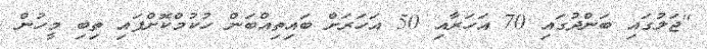
"ޖަލުގައި ބަންދުގައި 70 އަހަރާއި 50 އަހަރަށް ބައިތިއްބަން ހުކުމްކޮށްފައި ތިބި މީހުން